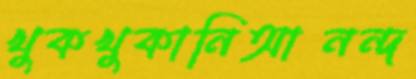
খুকখুকানিআনন্দ